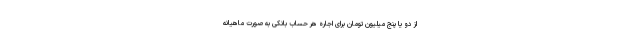
از دو یا پنج میلیون تومان برای اجاره هر حساب بانکی به صورت ماهیانه